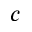
c